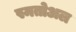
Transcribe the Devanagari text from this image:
स्मतोअल